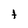
Character: t